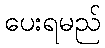
ပေးရမည်